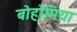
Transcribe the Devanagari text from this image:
बोहोमिया